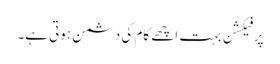
پرفیکشن بہت اچھے کام کی دشمن ہوتی ہے۔